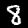
Digit: 8